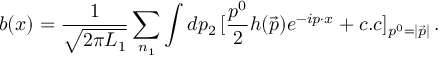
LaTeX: b ( x ) = { \frac { 1 } { \sqrt { 2 \pi L _ { 1 } } } } \sum _ { n _ { 1 } } \int d p _ { 2 } \, [ { \frac { p ^ { 0 } } { 2 } } h ( \vec { p } ) e ^ { - i p \cdot x } + c . c ] _ { p ^ { 0 } = | \vec { p } | } \, .